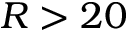
R > 2 0